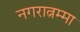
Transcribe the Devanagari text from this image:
नगरात्नम्मा